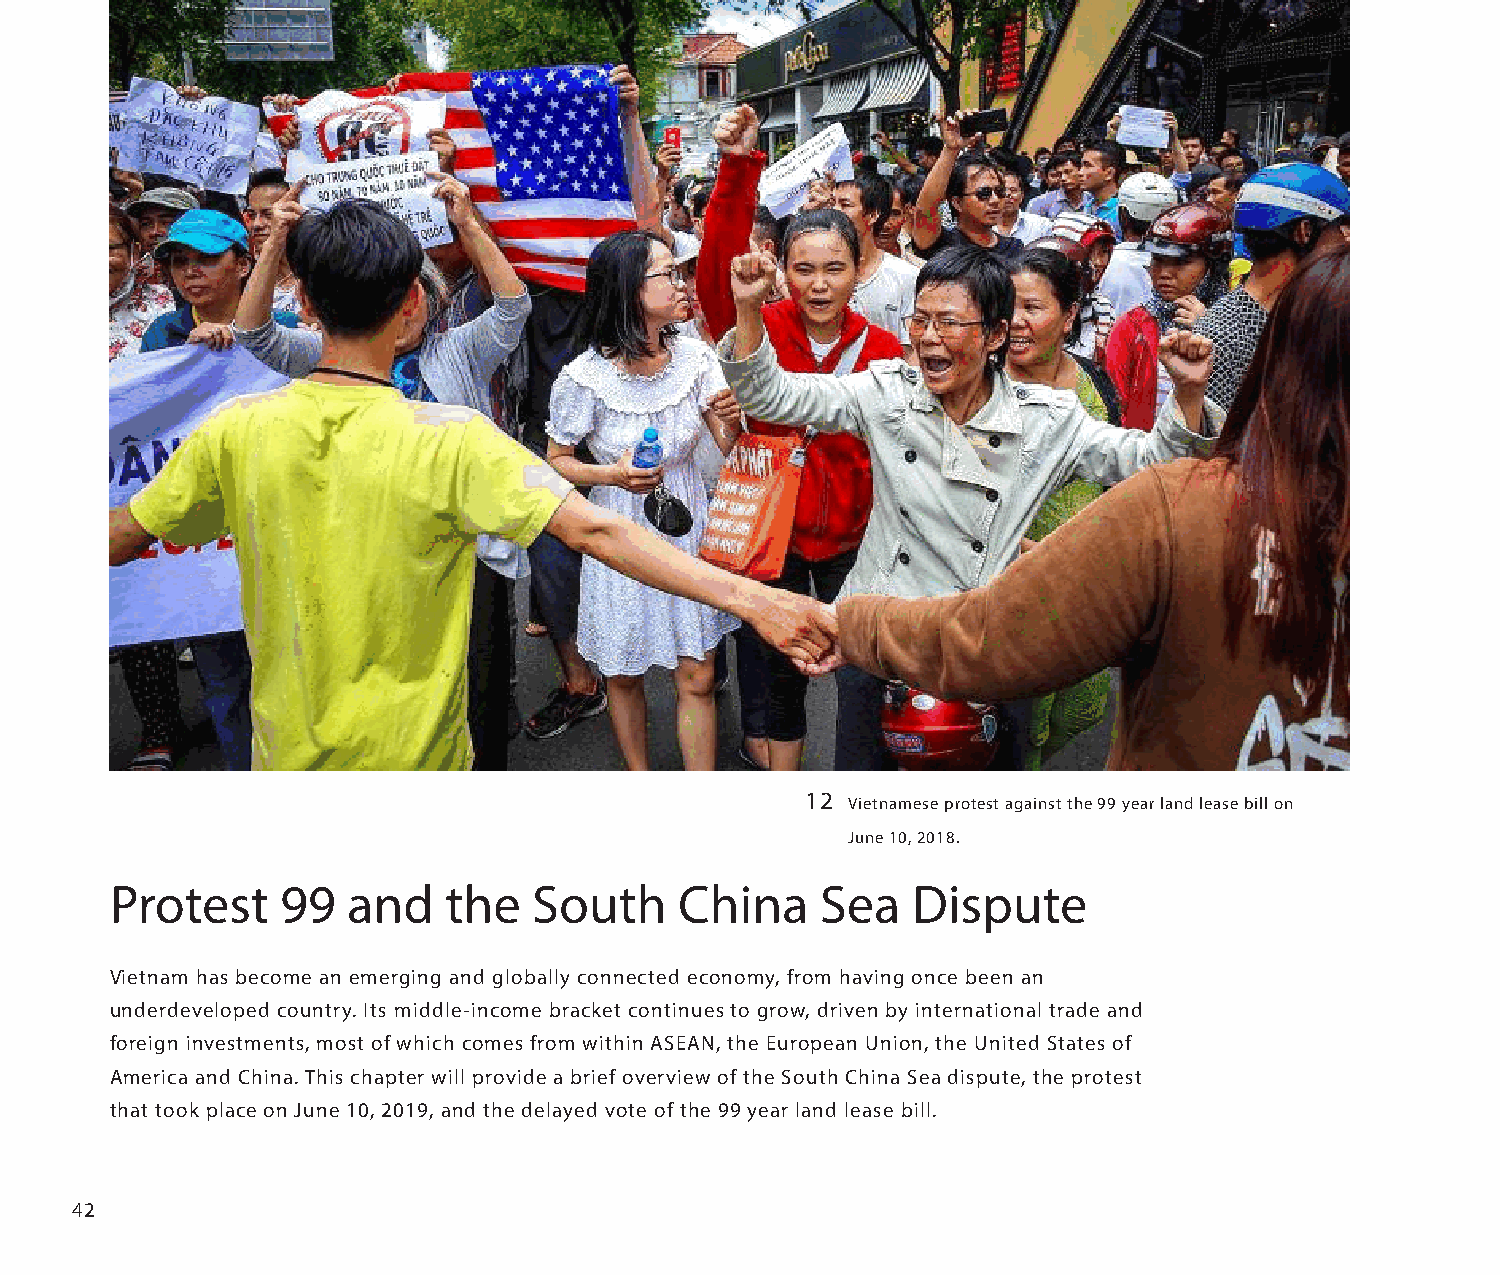
12 Vietnamese protest against the 99 year land lease bill on
 June 10, 2018.
 Protest     99  and   the   South     China    Sea   Dispute
 Vietnam has become an emerging and globally connected economy, from having once been an
 underdeveloped country. Its middle-income bracket continues to grow, driven by international trade and
 foreign investments, most of which comes from within ASEAN, the European Union, the United States of
 America and China. This chapter will provide a brief overview of the South China Sea dispute, the protest
 that took place on June 10, 2019, and the delayed vote of the 99 year land lease bill.
 42